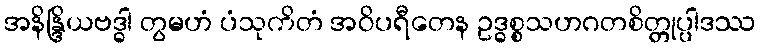
အနိန္ဒြိယဗဒ္ဓါ တွမဟံ ပံသုကိတံ အဝိပရီတေန ဥဒ္ဓစ္စသဟဂတစိတ္တုပ္ပါဒဿ